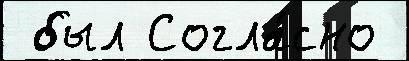
 был Согла́сно